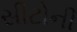
સીટોની